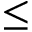
\leq